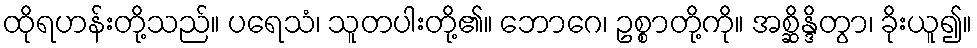
ထိုရဟန်းတို့သည်။ ပရေသံ၊ သူတပါးတို့၏။ ဘောဂေ၊ ဥစ္စာတို့ကို။ အစ္ဆိန္ဒိတွာ၊ ခိုးယူ၍။